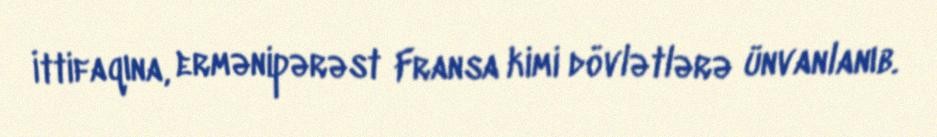
İttifaqına, ermənipərəst Fransa kimi dövlətlərə ünvanlanıb.